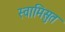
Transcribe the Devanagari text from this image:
स्वामिसुत